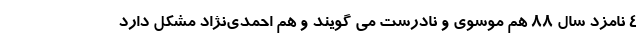
4 نامزد سال 88 هم موسوی و نادرست می گویند و هم احمدی‌نژاد مشکل دارد